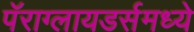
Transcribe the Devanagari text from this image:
पॅराग्लायडर्समध्ये